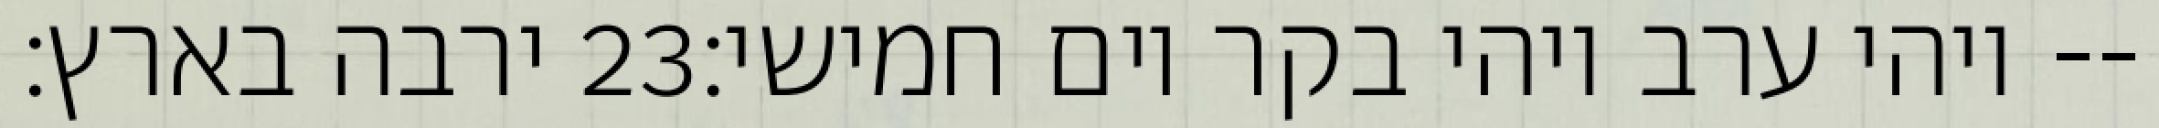
ירבה בארץ׃ ‎23‏ ויהי ערב ויהי בקר יום חמישי׃--